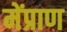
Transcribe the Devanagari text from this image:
मेंप्राण